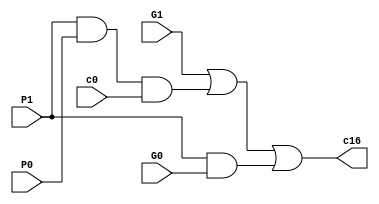
module my_c16(G0, P0, G1, P1, c0, c16);

    input G0, P0, G1, P1, c0;
    
    output c16;
    
    wire w1, w2;
    
    and myAnd1(w1, P1, P0, c0);
    
    and myAnd2(w2, P1, G0);
    
    
    or myOr1(c16, G1, w1, w2);
    
endmodule